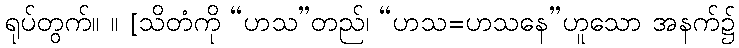
ရုပ်တွက်။ ။ [သိတံကို “ဟသ”တည်၊ “ဟသ=ဟသနေ”ဟူသော အနက်၌